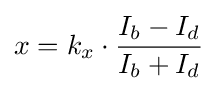
x=k_{x}\cdot {\frac {I_{b}-I_{d}}{I_{b}+I_{d}}}